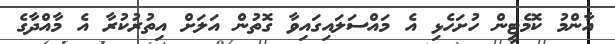
އާންމު ކޮމެޓީން ހުށަހެޅި އެ މައްސަލައިގައިވާ ގޮތުން އަލަށް އިތުރުކުރާ އެ މާއްދާގެ